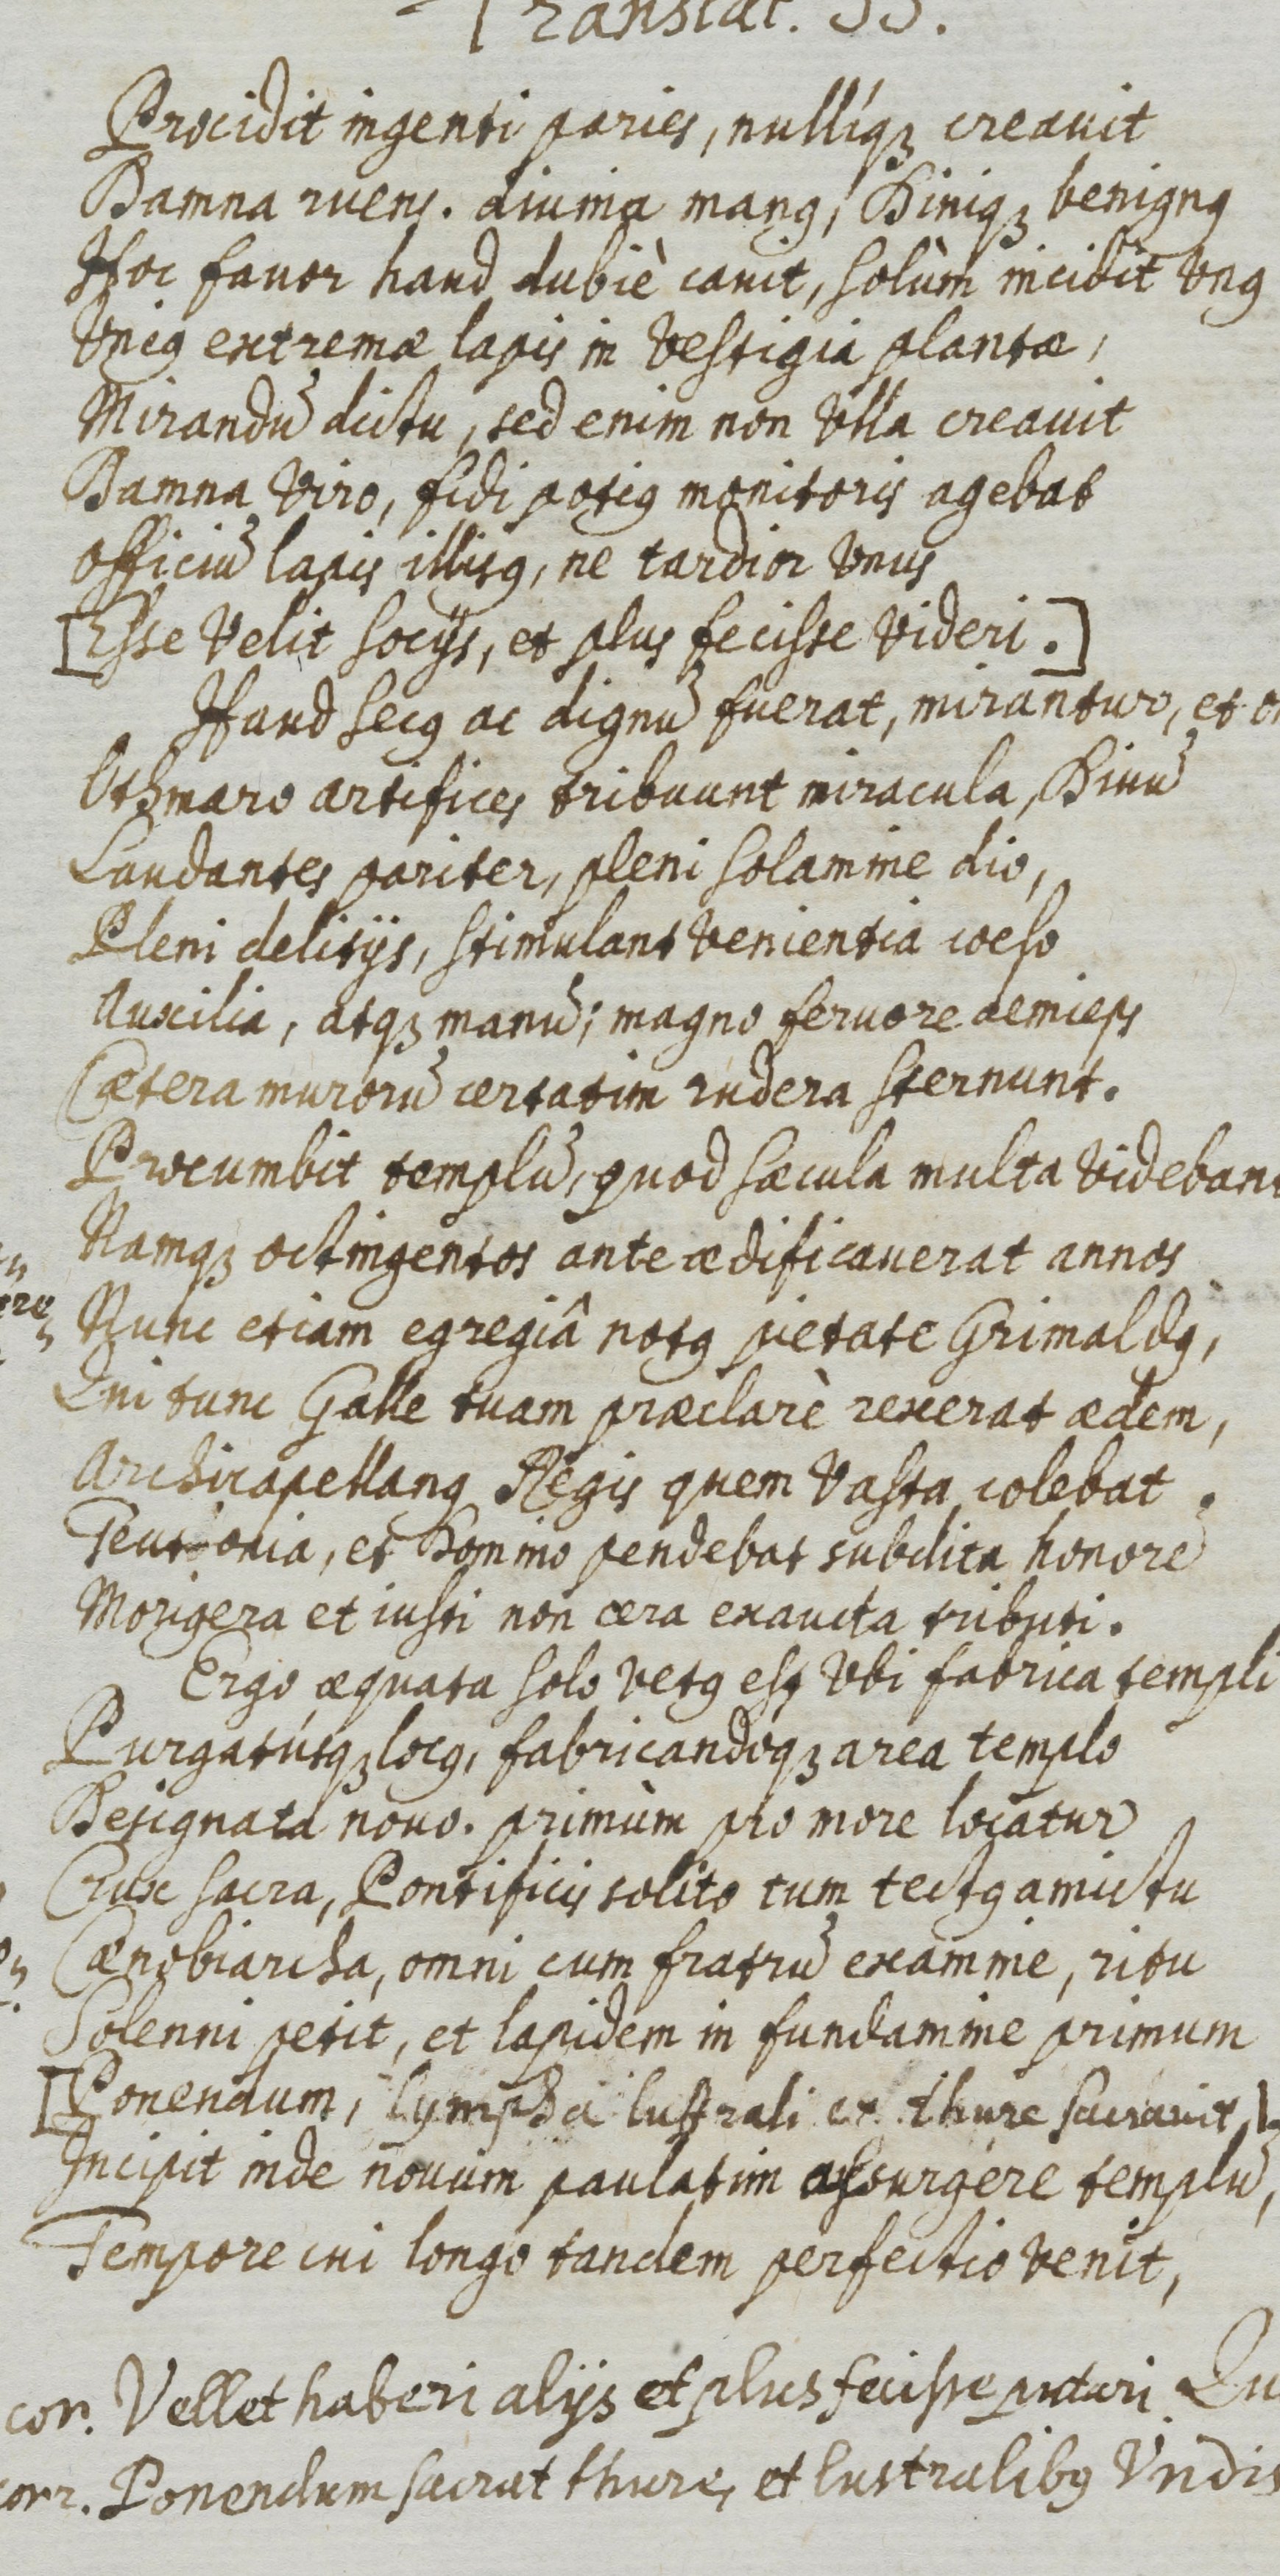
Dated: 1500–1599